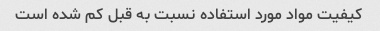
کیفیت مواد مورد استفاده نسبت به قبل کم شده است